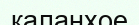
каланхое